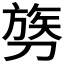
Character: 𫦓